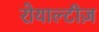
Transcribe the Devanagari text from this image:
रोयाल्टीज़